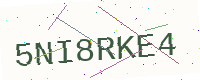
Text: 5NI8RKE4